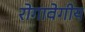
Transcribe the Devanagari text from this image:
रोगावेगीय